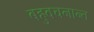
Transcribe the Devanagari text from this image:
बहुवचनान्त